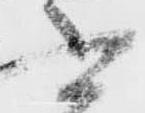
書